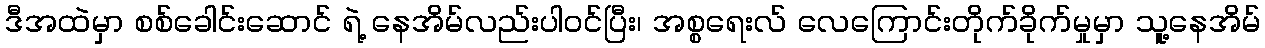
ဒီအထဲမှာ စစ်ခေါင်းဆောင် ရဲ့ နေအိမ်လည်းပါဝင်ပြီး၊ အစ္စရေးလ် လေကြောင်းတိုက်ခိုက်မှုမှာ သူ့နေအိမ်